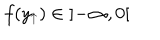
f ( y _ { \uparrow } ) \in \left] - \infty , 0 \right[